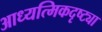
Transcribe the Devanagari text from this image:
आध्यत्मिकदृष्ट्या